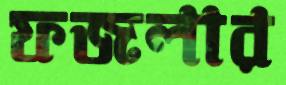
ফজলার